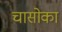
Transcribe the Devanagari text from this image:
चासोका